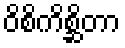
ဝိစိကိစ္ဆိတာ